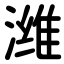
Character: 潍